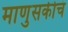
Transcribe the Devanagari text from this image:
माणुसकीचं